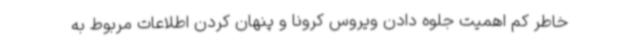
خاطر کم اهمیت جلوه دادن ویروس کرونا و پنهان کردن اطلاعات مربوط به